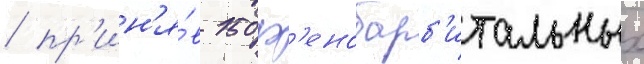
/ пр'ин'я́в 150 ф'енобарб'итальных